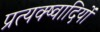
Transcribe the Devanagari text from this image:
प्रत्यक्ष्वादियों